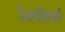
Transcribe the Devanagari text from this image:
रेस्पोंडर्स